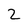
Character: 2